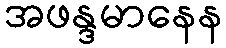
အဖန္ဒမာနေန